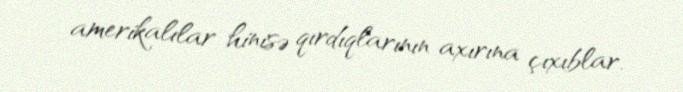
amerikalılar hinisə qırdıqlarının axırına çıxıblar.